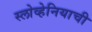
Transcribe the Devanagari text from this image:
स्लोव्हेनियाची